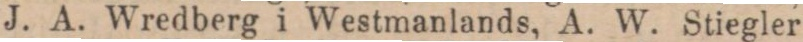
J. A. Wredberg i Westmanlands, A. W. Stiegler